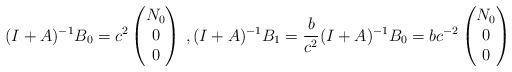
LaTeX: \begin{align*}(I+A)^{-1} B_0 = c^2 \begin{pmatrix} N_0 \\ 0 \\ 0 \end{pmatrix}\,, (I+A)^{-1} B_1 = \frac{b}{c^2} (I+A)^{-1} B_0=bc^{-2}\begin{pmatrix} N_0 \\ 0 \\ 0 \end{pmatrix}\end{align*}